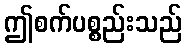
ဤစက်ပစ္စည်းသည်